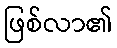
ဖြစ်လာ၏